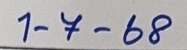
1 - 7 - 68